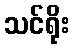
သင်ရိုး